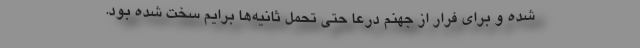
شده و برای فرار از جهنم درعا حتی تحمل ثانیه‌ها برایم سخت شده بود.